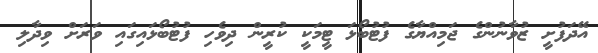
އޭދަފުށީ ޒުވާނުންގެ ޖަމިއްޔާގެ ފުޓުބޯޅަ ޓީމަކީ ކުރީން ދިވެހި ފުޓުބޯޅައިގައި ވަރަށް ވިދާލި